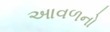
આવળનો